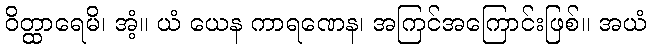
ဝိတ္ထာရေမိ၊ အံ့။ ယံ ယေန ကာရဏေန၊ အကြင်အကြောင်းဖြစ်။ အယံ